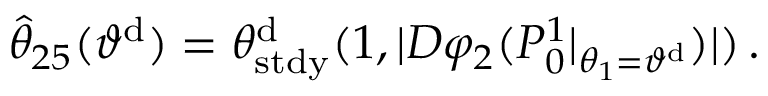
\begin{array} { r } { \hat { \theta } _ { 2 5 } ( \vartheta ^ { \mathrm { d } } ) = \theta _ { \mathrm { s t d y } } ^ { \mathrm { d } } ( 1 , | D \varphi _ { 2 } ( P _ { 0 } ^ { 1 } | _ { \theta _ { 1 } = \vartheta ^ { \mathrm { d } } } ) | ) \, . } \end{array}